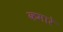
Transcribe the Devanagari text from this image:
कमारे